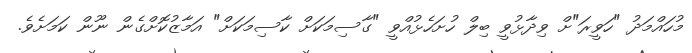
މުހައްމަދު "ހަވީރަ"ށް ވިދާޅުވީ ބިލް ހުށަހެޅުއްވީ "ގާސިމަކަށް ކާސިމަކަށް" އަމާޒުކޮށްގެން ނޫން ކަމަށެވެ.